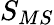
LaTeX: S_{MS}